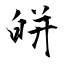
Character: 皏